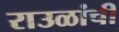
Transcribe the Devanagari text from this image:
राउळांची